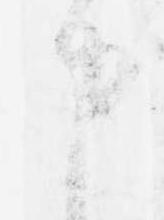
申